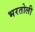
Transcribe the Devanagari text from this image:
भरतोली